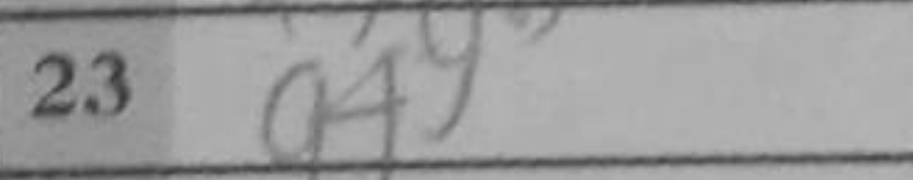
Transcription: g4